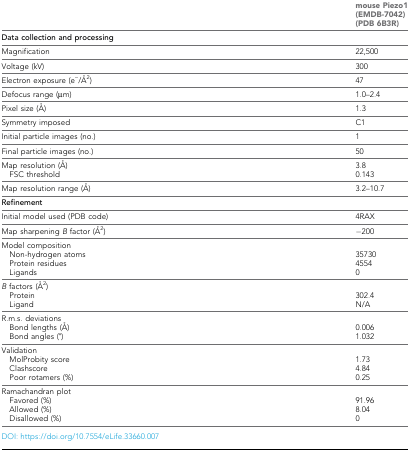
|  | mouse Piezo1 (EMDB-7042) (PDB 6B3R) |
 | --- | --- |
 | Data collection and processing |  |
 | Magnification | 22,500 |
 | Voltage (kV) | 300 |
 | Electron exposure (e–/Å2) | 47 |
 | Defocus range (μm) | 1.0–2.4 |
 | Pixel size (Å) | 1.3 |
 | Symmetry imposed | C1 |
 | Initial particle images (no.) | 1 |
 | Final particle images (no.) | 50 |
 | Map resolution (Å)FSC threshold | 3.8 0.143 |
 | Map resolution range (Å) | 3.2–10.7 |
 | Refinement |  |
 | Initial model used (PDB code) | 4RAX |
 | Map sharpening B factor (Å2) | −200 |
 | Model compositionNon-hydrogen atomsProtein residuesLigands | 35730 4554 0 |
 | B factors (Å2)ProteinLigand | 302.4 N/A |
 | R.m.s. deviationsBond lengths (Å)Bond angles (°) | 0.006 1.032 |
 | ValidationMolProbity scoreClashscorePoor rotamers (%) | 1.73 4.84 0.25 |
 | Ramachandran plotFavored (%)Allowed (%)Disallowed (%) | 91.96 8.04 0 |